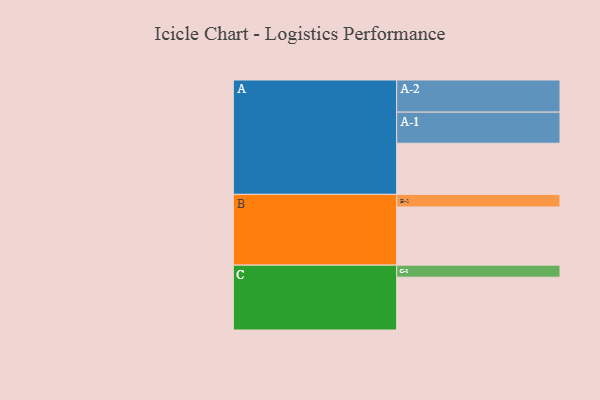
{"axis": {"x": "Segment", "y": "Value"}, "legend": ["", "A", "B", "C"], "data": [{"x": "A", "y": 433, "type": ""}, {"x": "B", "y": 492, "type": ""}, {"x": "C", "y": 447, "type": ""}, {"x": "A-1", "y": 263, "type": "A"}, {"x": "A-2", "y": 272, "type": "A"}, {"x": "B-1", "y": 107, "type": "B"}, {"x": "C-1", "y": 102, "type": "C"}]}